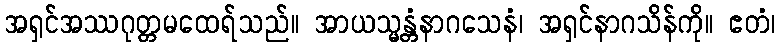
အရှင်အဿဂုတ္တမထေရ်သည်။ အာယသ္မန္တံနာဂသေနံ၊ အရှင်နာဂသိန်ကို။ ဧတံ၊